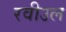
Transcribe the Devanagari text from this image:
रवीउल